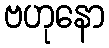
ဗဟုနော